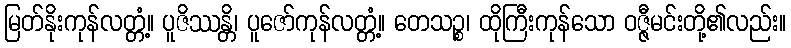
မြတ်နိုးကုန်လတ္တံ့။ ပူဇိဿန္တိ၊ ပူဇော်ကုန်လတ္တံ့။ တေသဉ္စ၊ ထိုကြီးကုန်သော ဝဇ္ဇီမင်းတို့၏လည်း။